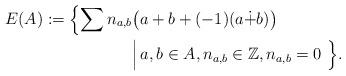
LaTeX: \begin{align*}E(A) := \Bigl \{ \sum n_{a,b} & \bigl (a + b + (-1)(a \dot + b) \bigr ) \\& \Bigl | \, a, b \in A, n_{a,b} \in \mathbb Z, n_{a,b} = 0 \, \, \Bigr \}.\end{align*}